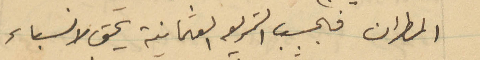
المطران فبحسب الشريعة العثمانية يحث لانسباء